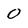
Character: 0